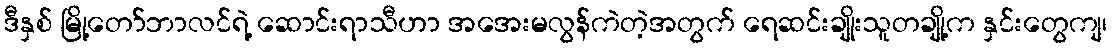
ဒီနှစ် မြို့တော်ဘာလင်ရဲ့ ဆောင်းရာသီဟာ အအေးမလွန်ကဲတဲ့အတွက် ရေဆင်းချိုးသူတချို့က နှင်းတွေကျ၊